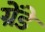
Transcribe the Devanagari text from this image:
ग्रेंडे